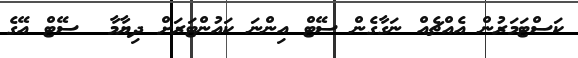
ކަސްޓަމަރުން އެއްޗެއް ނަގާގެން ސޭޓް އިންނަ ކައުންޓަރަށް ދިޔާމާ  ސޭޓް އޭގެ